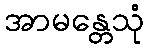
အာမန္တေသုံ